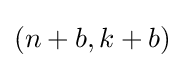
(n+b,k+b)